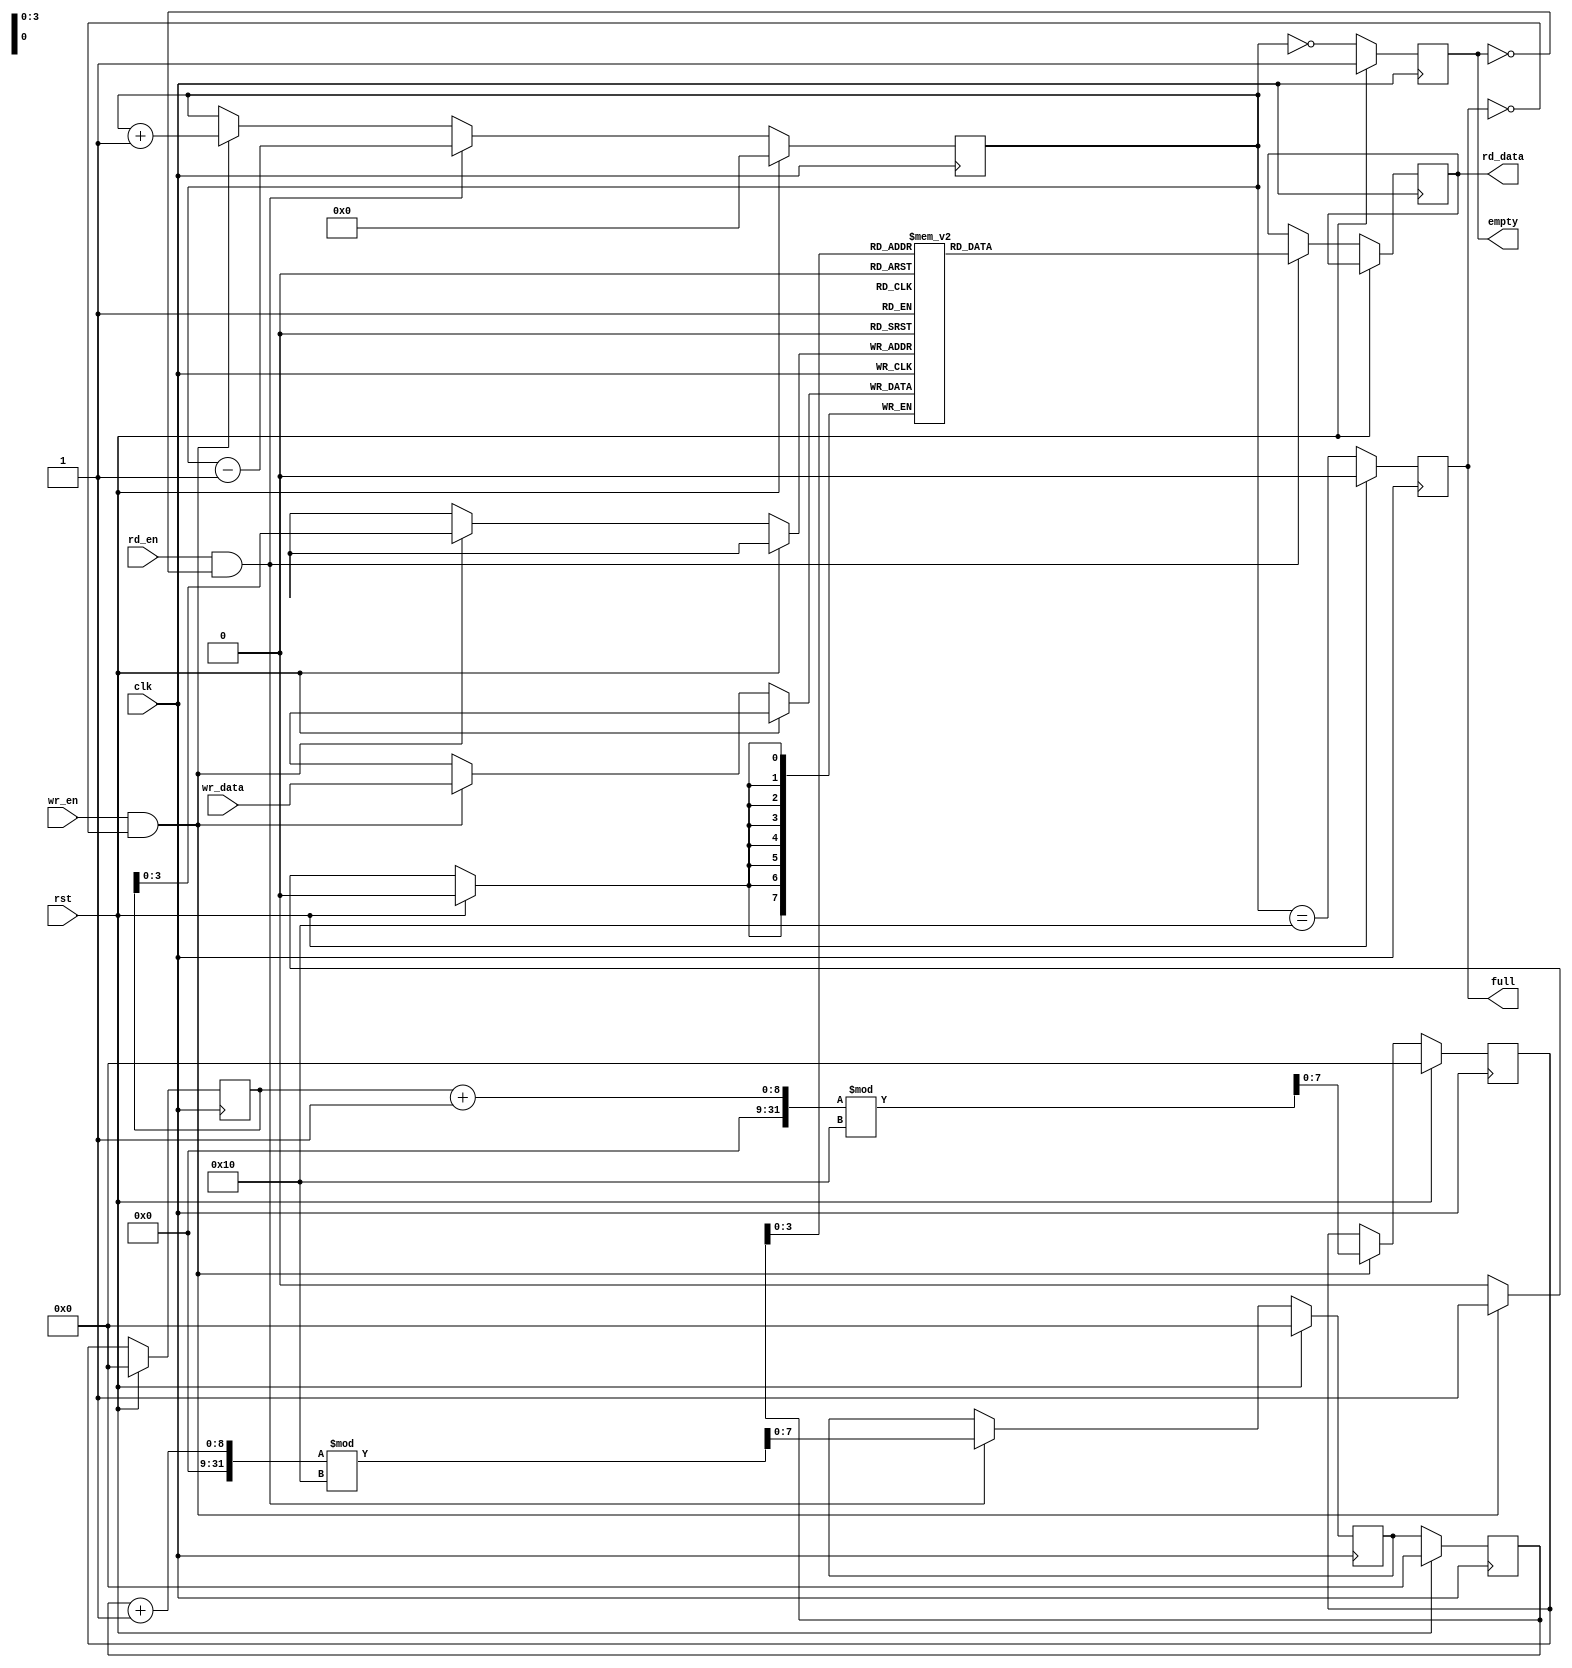
// This program was cloned from: https://github.com/ekb0412/100DaysofRTL
// License: Apache License 2.0

`timescale 1ns / 1ps

module fifo #( parameter WIDTH = 8, DEPTH = 16 )
 ( input clk, rst, wr_en, rd_en,
   input [WIDTH-1:0] wr_data,
   output reg [WIDTH-1:0] rd_data,
   output reg empty, full 
  );

   reg [WIDTH-1:0] mem [0:DEPTH-1];
   reg [WIDTH-1:0] rd_ptr = 0;
   reg [WIDTH-1:0] wr_ptr = 0;
   reg [WIDTH-1:0] next_wr_ptr;
   reg [WIDTH-1:0] next_rd_ptr;
   reg [DEPTH-1:0] num_items = 0;

   always @(posedge clk) 
    begin
        if (rst) 
	      begin
	         rd_ptr <= 0;
	         wr_ptr <= 0;
	         next_rd_ptr <= 0;
	         next_wr_ptr <= 0;
	         num_items <= 0;
	         empty <= 1;
	         full <= 0;
	      end
        else 
          begin
	         rd_ptr <= next_rd_ptr;
	         wr_ptr <= next_wr_ptr;
	         empty <= (num_items == 0);
	         full <= (num_items == DEPTH);

	         if (wr_en && !full) 
	         begin
	            mem[wr_ptr] <= wr_data;
	            next_wr_ptr <= (wr_ptr + 1) % DEPTH;
	            num_items <= num_items + 1;
	         end

	         if (rd_en && !empty) 
	         begin
	            rd_data <= mem[rd_ptr];
	            next_rd_ptr <= (rd_ptr + 1) % DEPTH;
	            num_items <= num_items - 1;
	         end
	    end
    end

endmodule